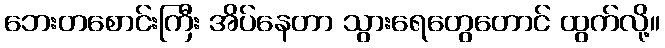
ဘေးတစောင်းကြီး အိပ်နေတာ သွားရေတွေတောင် ထွက်လို့။